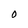
Character: 0